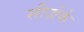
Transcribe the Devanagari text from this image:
सीज़ेके